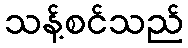
သန့်စင်သည်